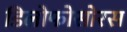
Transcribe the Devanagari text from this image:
डिलोफोसोरस